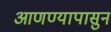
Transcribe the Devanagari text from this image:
आणण्यापासुन